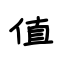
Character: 值